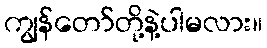
ကျွန်တော်တို့နဲ့ပါမလား။